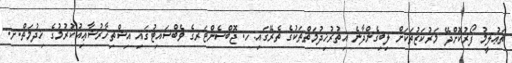
ތަޢުލީމު ފޯރުކޮށްދޭ މަރުކަޒުތަކަށް ލިބިގެންދާނެ އިތުރުޚިދުމަތްތަކުގެ ތެރޭގައި:ހ. ޖޮބްސެންޓަރގެ ވެބްސައިޓުގައި އިޝްތިހާރުޝާޢިއުކުރުމުގެ ޚިދުމަތް.ށ.